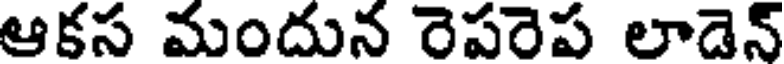
ఆకస మందున రెపరెప లాడెన్